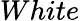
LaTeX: White